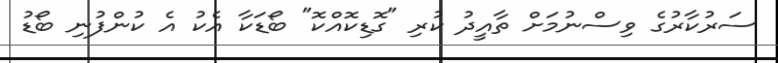
ސަރުކާރުގެ ވިސްނުމަށް ތާއީދު ކުރި "ގޮޑިކޮއްކޮ" ބޯޑަކާ އެކު އެ ކުންފުނި ބޯޑު